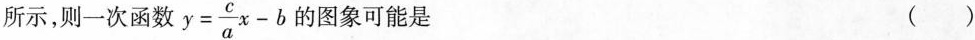
所示，则一次函数 $$y= \frac{c}{a}x-b$$ 的图象可能是 ()